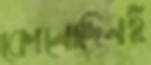
কোনোদিনই